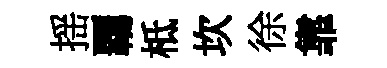
揺覊柢坎徐靠